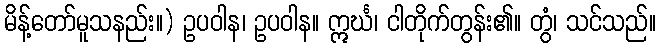
မိန့်တော်မူသနည်း။) ဥပဝါန၊ ဥပဝါန။ ဣင်္ဃ၊ ငါတိုက်တွန်း၏။ တွံ၊ သင်သည်။